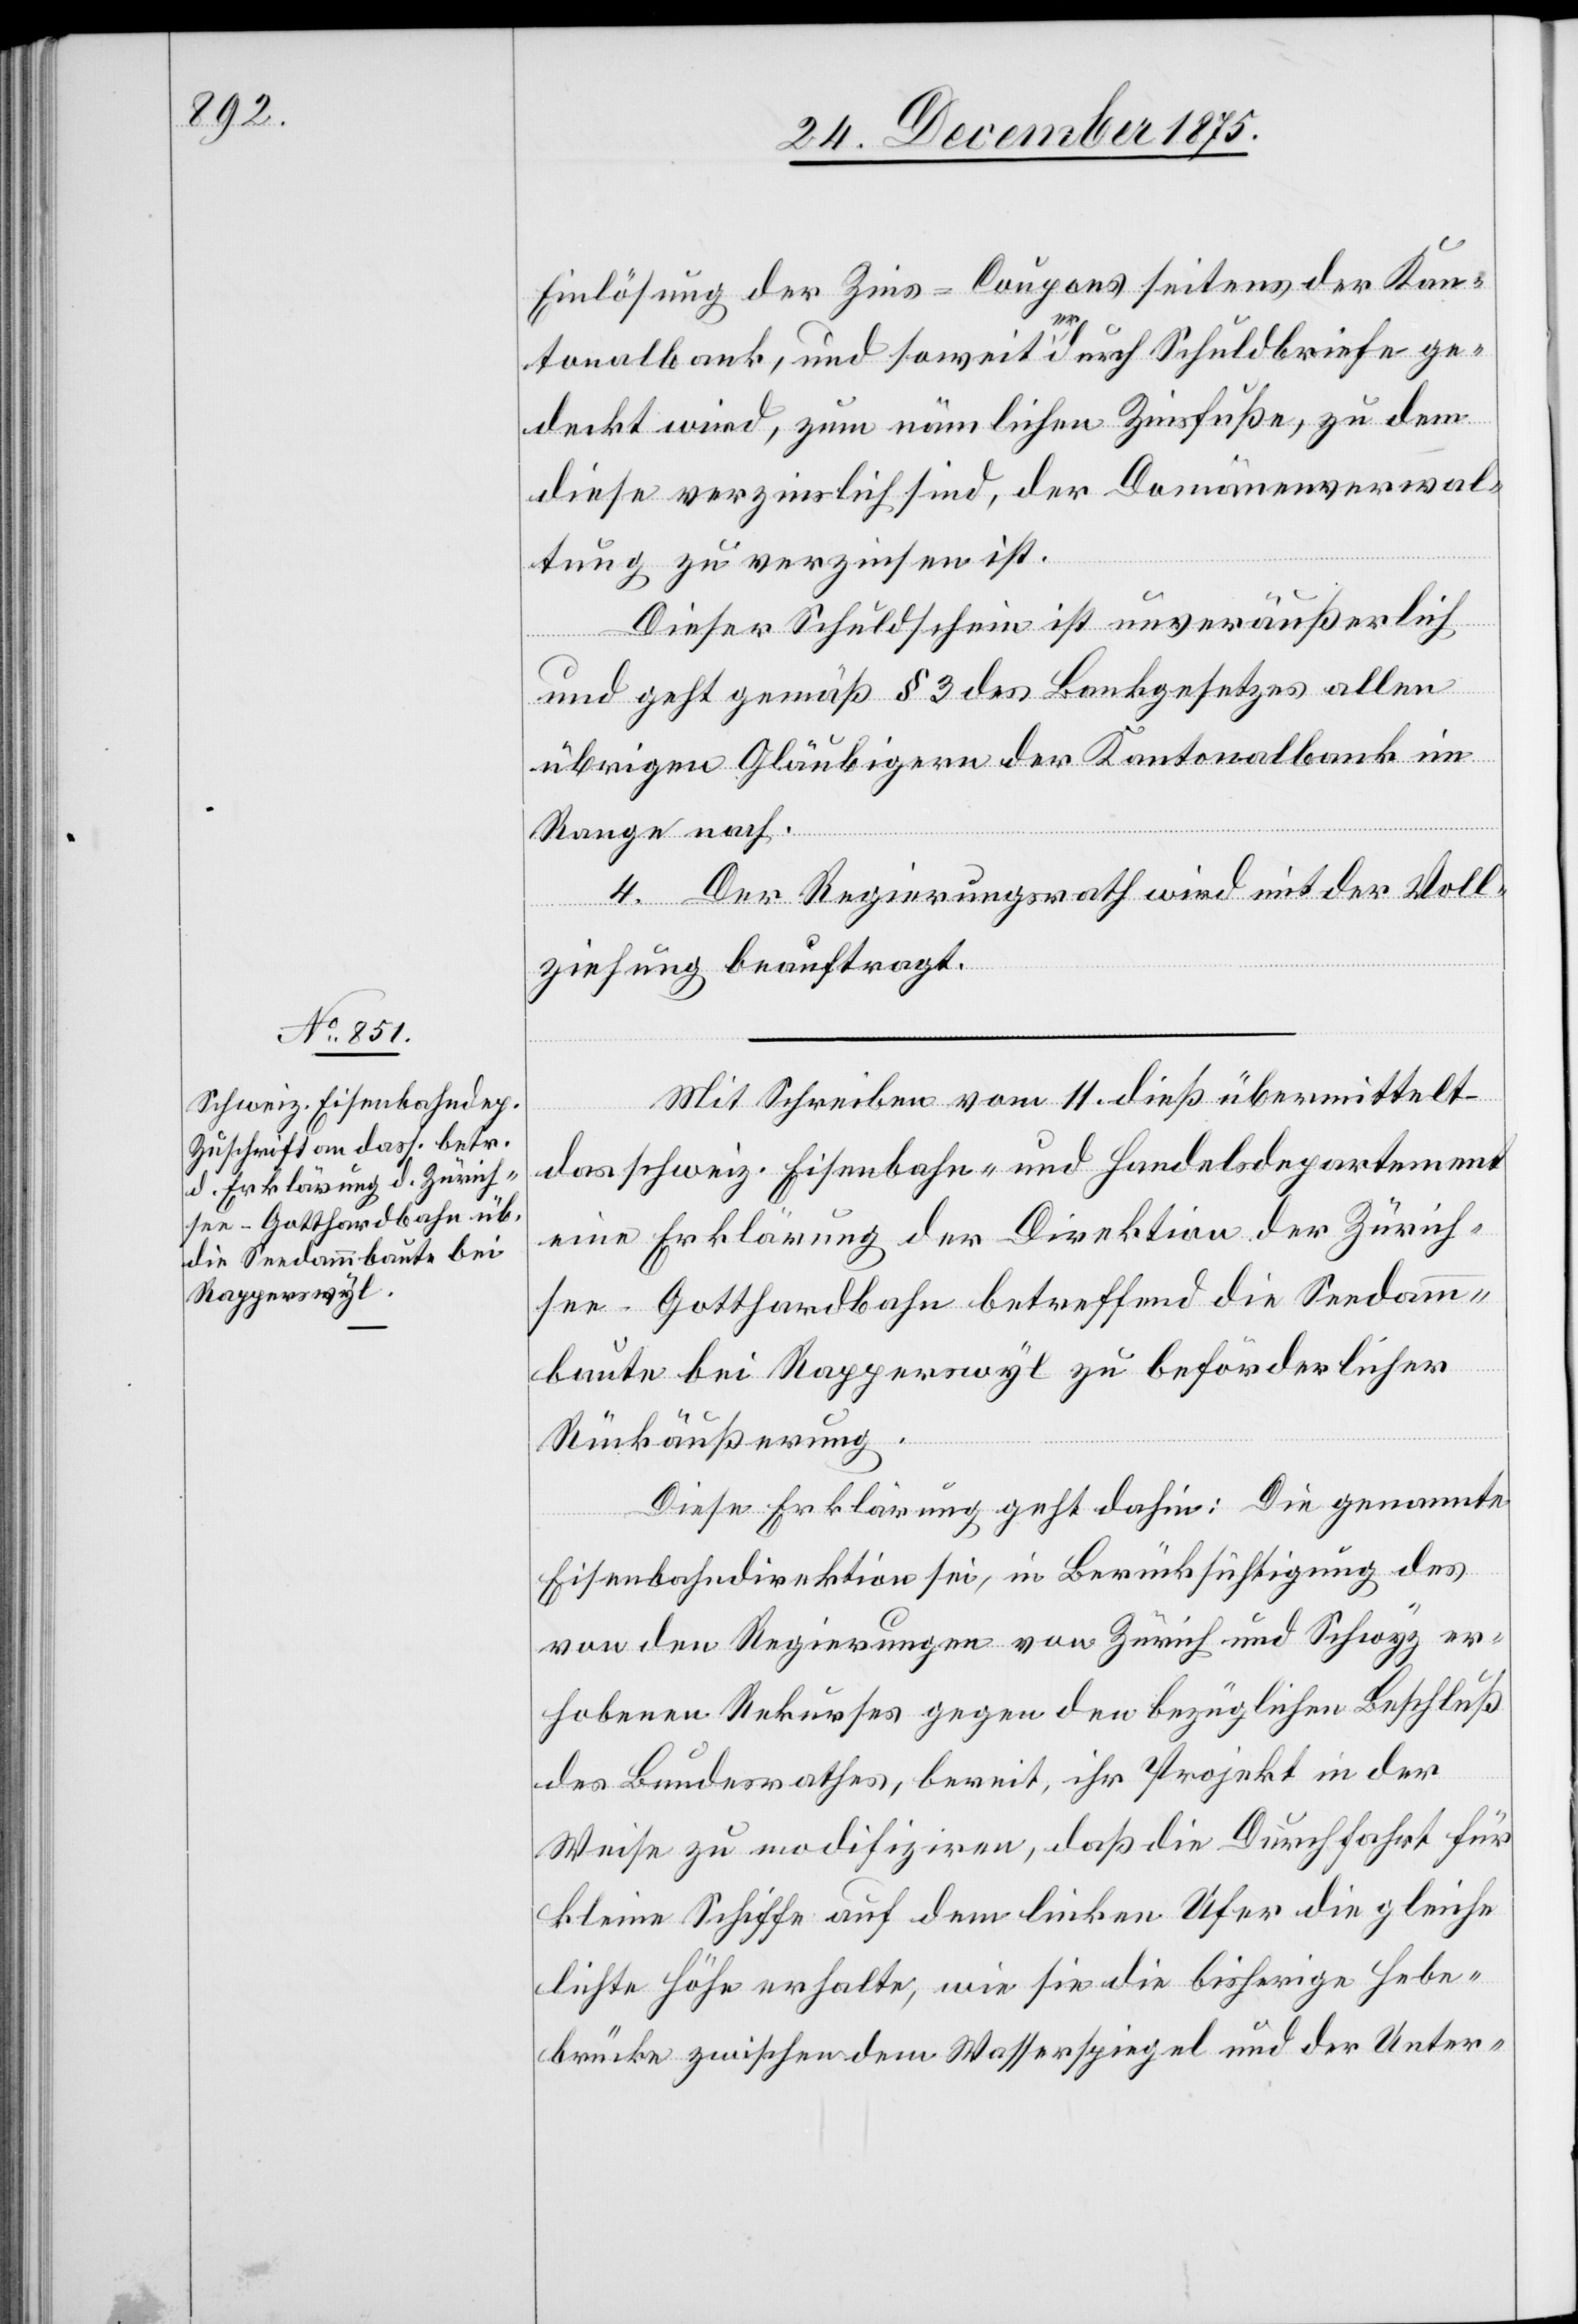
27. December 1875.]
Einlösung der Zins-Coupons seitens der Kan¬
tonalbank, und soweit er durch Schuldbriefe ge¬
deckt wird, zum nämlichen Zinsfuße, zu dem
diese verzinslich sind, der Domänenverwal¬
tung zu verzinsen ist.
Dieser Schuldschein ist unveräußerlich
und geht gemäß § 3 des Bankgesetzes allen
übrigen Gläubigern der Kantonalbank im
Range nach.
4. Der Regierungsrath wird mit der Voll¬
ziehung beauftragt.
Mit Schreiben vom 11. dieß übermittelt
das schweiz. Eisenbahn- und Handelsdepartement
eine Erklärung der Direktion der Zürich¬
see–Gotthardbahn betreffend die Seedamm¬
baute bei Rapperswyl zu beförderlicher
Rückäußerung.
Diese Erklärung geht dahin: Die genannte
Eisenbahndirektion sei, in Berücksichtigung des
von den Regierungen von Zürich und Schwyz er¬
hobenen Rekurses gegen den bezüglichen Beschluß
des Bundesrathes, bereit, ihr Projekt in der
Weise zu modifiziren, daß die Durchfahrt für
kleine Schiffe auf dem linken Ufer die gleiche
lichte Höhe erhalte, wie sie die bisherige Hebe¬
brücke zwischen dem Wasserspiegel und der Unter-